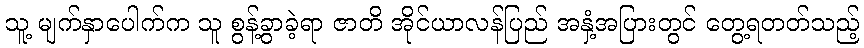
သူ့ မျက်နှာပေါက်က သူ စွန့်ခွာခဲ့ရာ ဇာတိ အိုင်ယာလန်ပြည် အနှံ့အပြားတွင် တွေ့ရတတ်သည့်